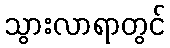
သွားလာရာတွင်